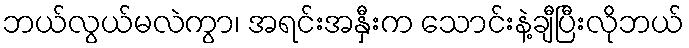
ဘယ်လွယ်မလဲကွာ၊ အရင်းအနှီးက သောင်းနဲ့ချီပြီးလိုဘယ်